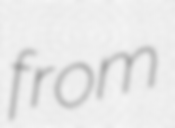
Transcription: from